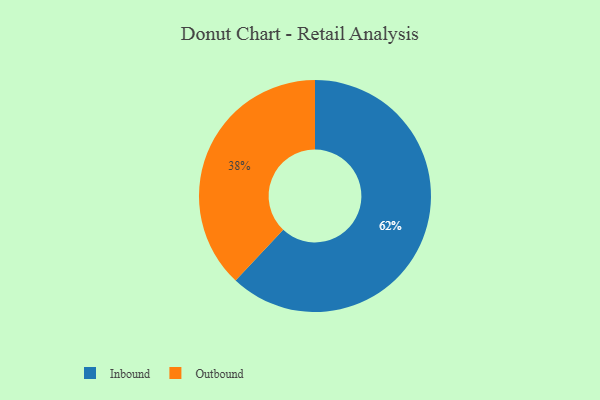
{"axis": {"x": "Category", "y": "Percentage"}, "legend": ["Inbound", "Outbound"], "data": [{"x": "Outbound", "y": 38, "type": "Outbound"}, {"x": "Inbound", "y": 62, "type": "Inbound"}]}